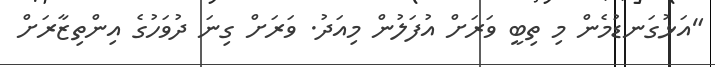
"އަޅުގަނޑުމެން މި ތިބީ ވަރަށް އުފަލުން މިއަދު. ވަރަށް ގިނަ ދުވަހުގެ އިންތިޒާރަށް